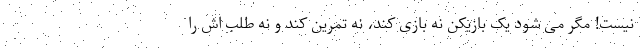
نیست! مگر می شود یک بازیکن نه بازی کند، نه تمرین کند و نه طلب اش را